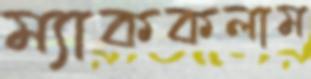
ম্যাককলাম